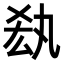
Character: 𠫷